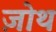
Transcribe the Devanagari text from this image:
ज़ोथ